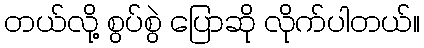
တယ်လို့ စွပ်စွဲ ပြောဆို လိုက်ပါတယ်။